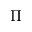
\Pi